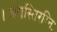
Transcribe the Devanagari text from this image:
।अगस्तिरग्निः